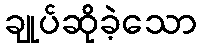
ချုပ်ဆိုခဲ့သော